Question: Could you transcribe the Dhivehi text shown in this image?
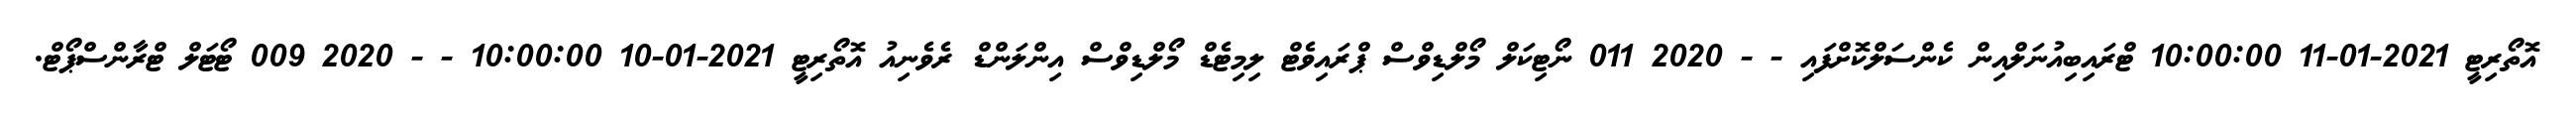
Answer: އޮތޯރިޓީ 2021-01-11 10:00:00 ޓްރައިބިއުނަލްއިން ކެންސަލްކޮށްފައި - - 2020 011 ނޯޓިކަލް މޯލްޑިވްސް ޕްރައިވެޓް ލިމިޓެޑް މޯލްޑިވްސް އިންލަންޑް ރެވެނިއު އޮތޯރިޓީ 2021-01-10 10:00:00 - - 2020 009 ޓޯޓަލް ޓްރާންސްޕޯޓް.